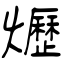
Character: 爏